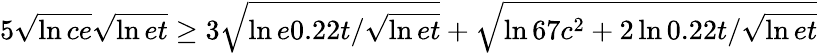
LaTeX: \begin{array}{r}{5\sqrt{\ln{ce}}\sqrt{\ln{et}}\ge 3\sqrt{\ln{e0.22t/\sqrt{\ln{et}}}}+\sqrt{\ln{67c^{2}}+2\ln{0.22t/\sqrt{\ln{et}}}}}\end{array}